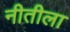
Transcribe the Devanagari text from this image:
नीतीला